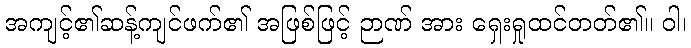
အကျင့်၏ဆန့်ကျင်ဖက်၏ အဖြစ်ဖြင့် ဉာဏ် အား ရှေးရှုထင်တတ်၏။ ဝါ၊